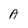
Character: A